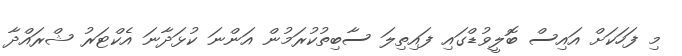
މި ފަހަކަށް އައިސް ބޮލީވުޑްގައި ފައިތިލަ ސާބިތުކުރަމުން އަންނަ ކުޅަދާނަ އެކްޓަރު ޝްރައްދާ